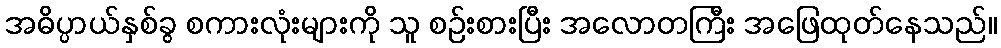
အဓိပ္ပာယ်နှစ်ခွ စကားလုံးများကို သူ စဉ်းစားပြီး အလောတကြီး အဖြေထုတ်နေသည်။